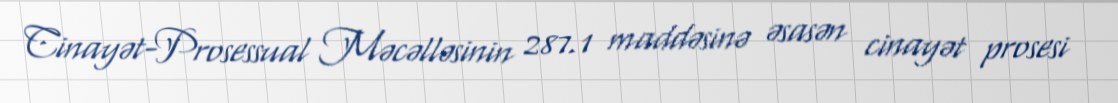
Cinayət-Prosessual Məcəlləsinin 287.1 maddəsinə əsasən cinayət prosesi